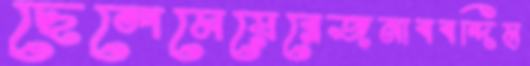
ছেলেমেয়েরেজনাববন্দিম্